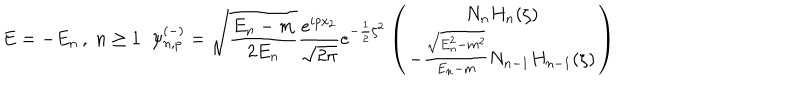
LaTeX: E = - E _ { n } \, , \; n \geq 1 \; \; \psi _ { n , p } ^ { ( - ) } = \sqrt { \frac { E _ { n } - m } { 2 E _ { n } } } \frac { e ^ { i p x _ { 2 } } } { \sqrt { 2 \pi } } e ^ { - \frac { 1 } { 2 } { \zeta } ^ { 2 } } \left( \begin{array} { c } { { N _ { n } H _ { n } ( \zeta ) } } \\ { { - \frac { \sqrt { E _ { n } ^ { 2 } - m ^ { 2 } } } { E _ { n } - m } N _ { n - 1 } H _ { n - 1 } ( \zeta ) } } \\ \end{array} \right)